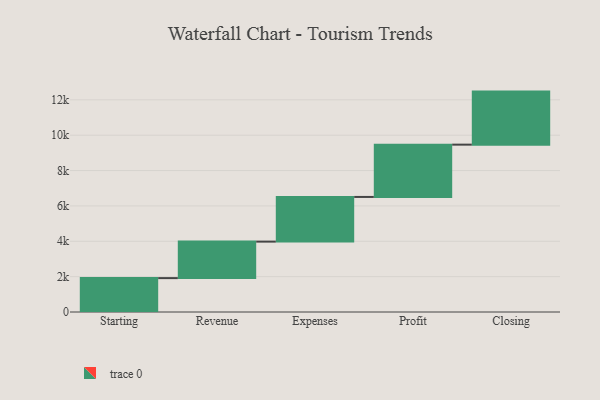
{"axis": {"x": "Step", "y": "Value"}, "legend": [""], "data": [{"x": "Starting", "y": 1916.0, "type": ""}, {"x": "Revenue", "y": 2065.0, "type": ""}, {"x": "Expenses", "y": 2527.0, "type": ""}, {"x": "Profit", "y": 2958.0, "type": ""}, {"x": "Closing", "y": 3000, "type": ""}]}